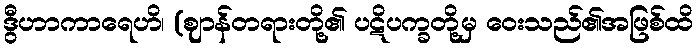
ဒွီဟာကာရေဟိ၊ (ဈာန်တရားတို့၏ ပဋိပက္ခတို့မှ ဝေးသည်၏အဖြစ်ထိ